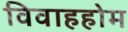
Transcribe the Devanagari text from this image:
विवाहहोम